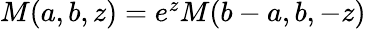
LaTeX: \begin{array}{r}{M(a,b,z)=e^{z}M(b-a,b,-z)}\end{array}